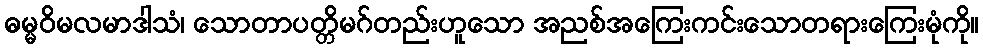
ဓမ္မဝိမလမာဒါသံ၊ သောတာပတ္တိမဂ်တည်းဟူသော အညစ်အကြေးကင်းသောတရားကြေးမုံကို။